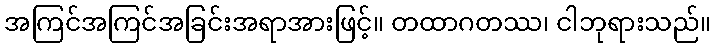
အကြင်အကြင်အခြင်းအရာအားဖြင့်။ တထာဂတဿ၊ ငါဘုရားသည်။